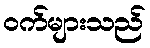
ဝက်များသည်